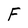
Character: F